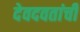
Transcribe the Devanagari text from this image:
देवदवतांची